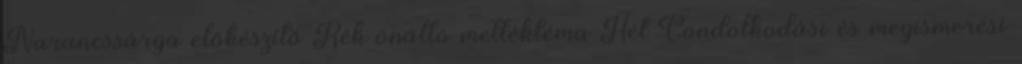
Narancssárga előkészítő Kék önálló melléktéma Hét Gondolkodási és megismerési